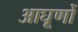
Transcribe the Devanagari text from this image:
आघूणों